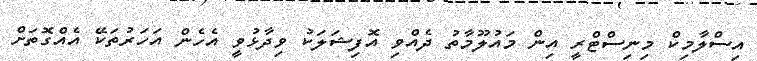
އިސްލާމިކް މިނިސްޓްރީ އިން މައުލޫމާތު ދެއްވި އޮފިޝަލަކު ވިދާޅުވީ އެހެން އަހަރުތަކޭ އެއްގޮތަށް